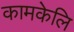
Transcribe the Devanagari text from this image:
कामकेलि